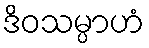
ဒိဝသမ္ပာဟံ